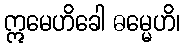
ဣမေဟိခေါ ဓမ္မေဟိ၊